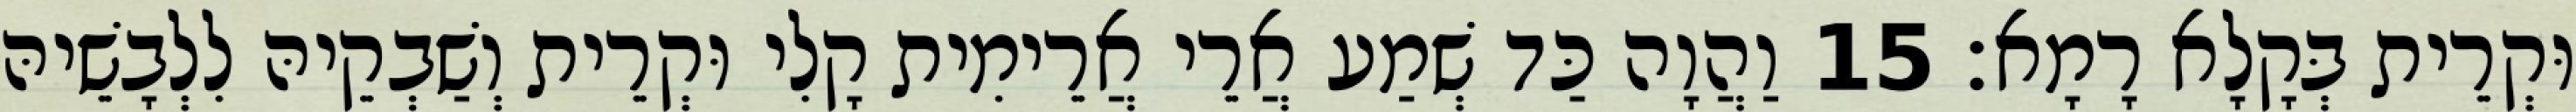
וּקְרֵית בְּקָלָא רָמָא׃ 15 וַהֲוָה כַּד שְׁמַע אֲרֵי אֲרֵימִית קָלִי וּקְרֵית וְשַׁבְקֵיהּ לִלְבָשֵׁיהּ